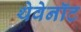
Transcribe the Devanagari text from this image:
थेवेनॉट